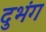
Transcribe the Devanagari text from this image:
दुभंग